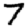
Digit: 7